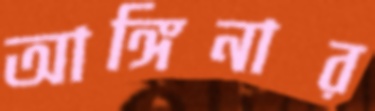
আঙ্গিনার